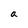
Character: a